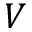
V